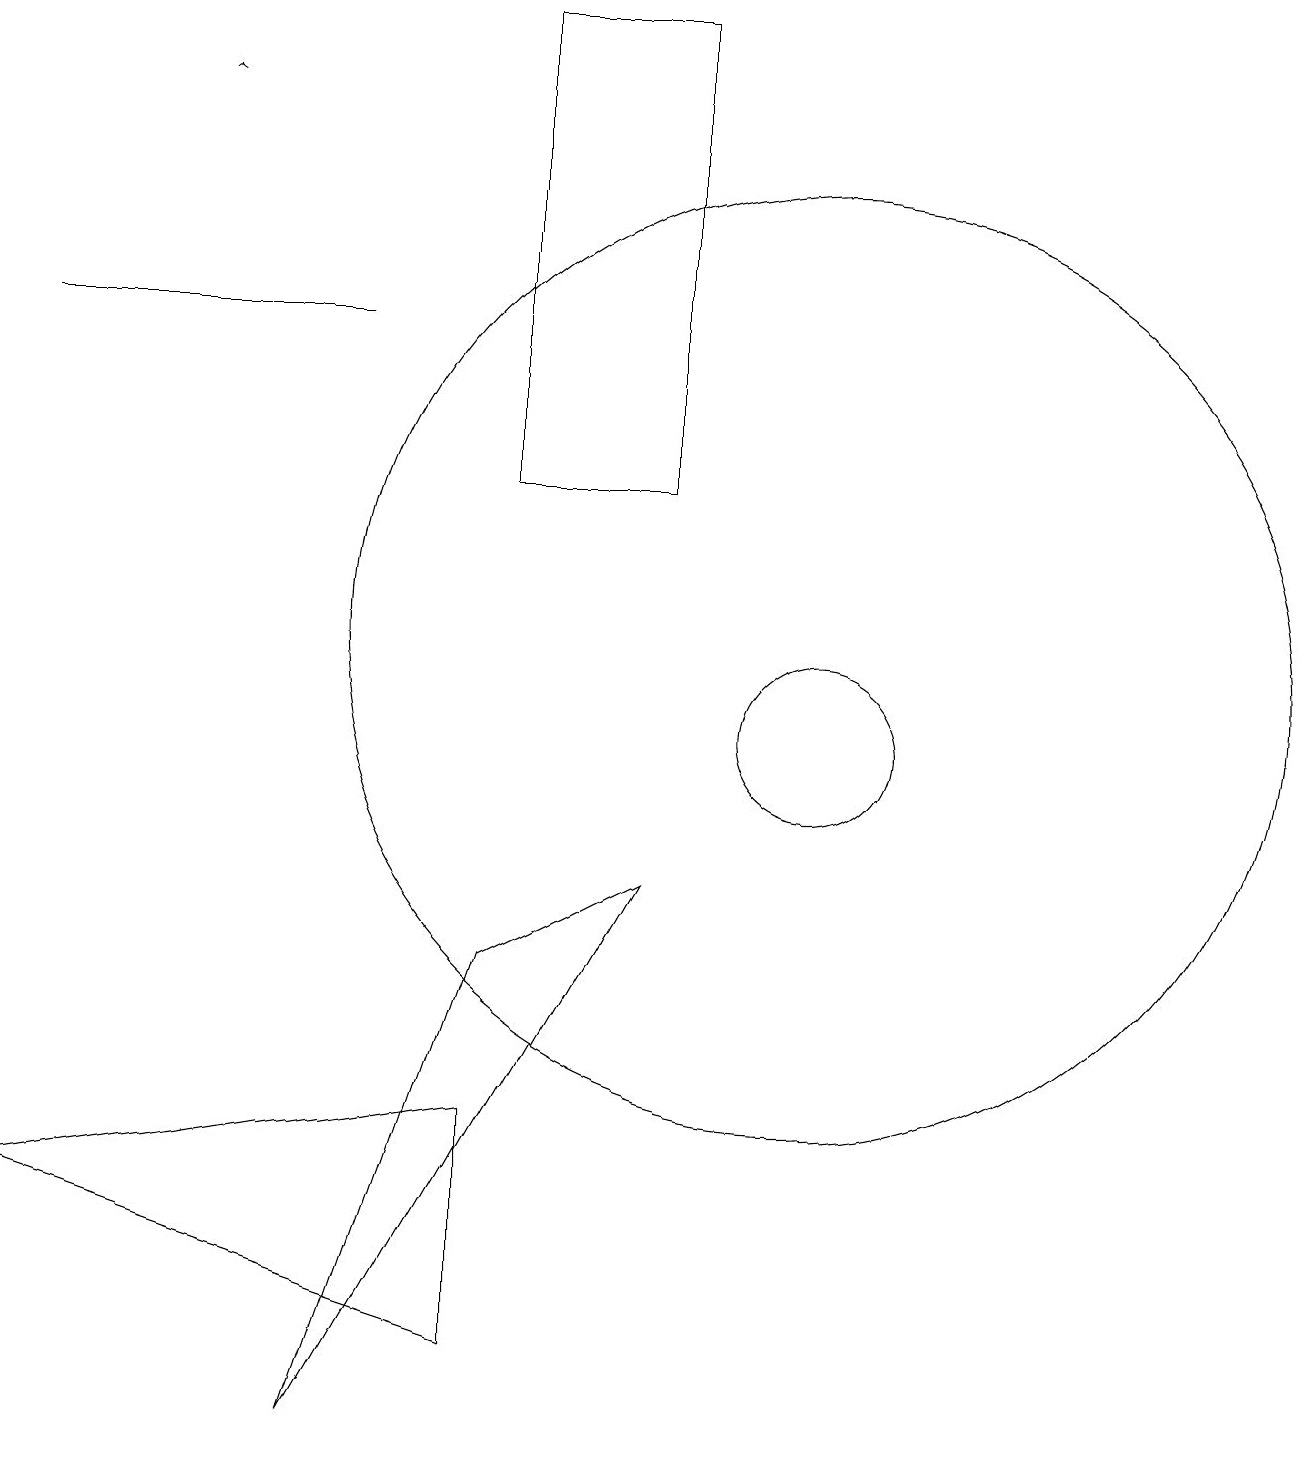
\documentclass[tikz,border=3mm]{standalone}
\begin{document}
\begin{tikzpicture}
\draw (6,7) -- (4,1) -- (8,8) -- cycle;
\draw (10,11) circle (6);
\draw (6,19) rectangle (8,13);
\draw (11,10) circle (0);
\draw[->] (2,18) -- (2,18);
\draw (10,10) circle (1);
\draw (6,5) -- (0,4) -- (6,2) -- cycle;
\draw (4,15) rectangle (0,15);
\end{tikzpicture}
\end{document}